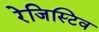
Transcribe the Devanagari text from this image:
रेजिस्टिव